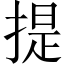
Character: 提